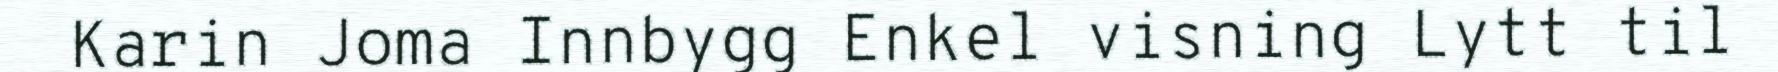
Karin Joma Innbygg Enkel visning Lytt til